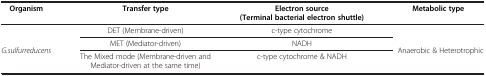
| Organism | Transfer type | Electron source (Terminal bacterial electron shuttle) | Metabolic type |
 | --- | --- | --- | --- |
 | <ROWSPAN=2> G.sulfurreducens | DET (Membrane-driven) | c-type cytochrome | <ROWSPAN=2> Anaerobic & Heterotrophic |
 | MET (Mediator-driven) | NADH |
 |  | The Mixed mode (Membrane-driven and Mediator-driven at the same time) | c-type cytochrome & NADH |  |